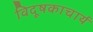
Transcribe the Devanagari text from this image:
विदूषकाचार्य